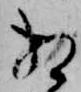
相